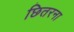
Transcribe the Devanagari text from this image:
छितरना